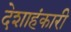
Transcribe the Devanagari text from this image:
देशाहंकारी